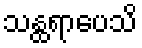
သန္ထရာပေသိ